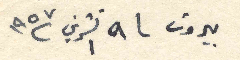
بيروت ٩ تشرين ١ ١٩٥٧